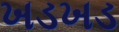
ખડખડ